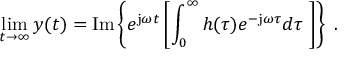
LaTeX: \operatorname* { l i m } _ { t \to \infty } y ( t ) = \mathrm { I m } \left\{ e ^ { \mathrm { j } \omega t } \left[ \int _ { 0 } ^ { \infty } h ( \tau ) e ^ { - \mathrm { j } \omega \tau } d \tau \ \right] \right\} \; .